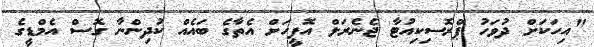
"އިހަކަށް ދުވަހު ޕްރޮސިކިއުޓާ ޖެނެރަލް އޮފީހަށް އެތާގެ ބައެއް ކުދިންނާ ގޮސް އެމްޑީގެ